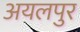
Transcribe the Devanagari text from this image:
अयलपुर